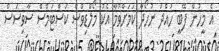
އެ މީހުން ފޭބީ ހުއްދަ ނުހޯދާ ކަމަށްވުމާ އެކު މޯލްޑިވްސް ކަސްޓަމްސް ސާވިސަސް